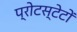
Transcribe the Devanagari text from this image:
प्रोटस्टेटों